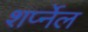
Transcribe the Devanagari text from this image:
शर्प्नेल